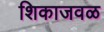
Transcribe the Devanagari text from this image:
शिकाजवळ